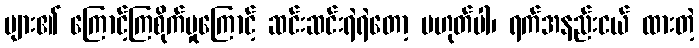
များ၏ ကြောင့်ကြစိုက်မှုကြောင့် ဆင်းဆင်းရဲရဲတော့ မဟုတ်ပါ၊ ရက်အနည်းငယ် ထားတဲ့